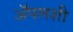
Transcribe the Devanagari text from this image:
अॅपलशी